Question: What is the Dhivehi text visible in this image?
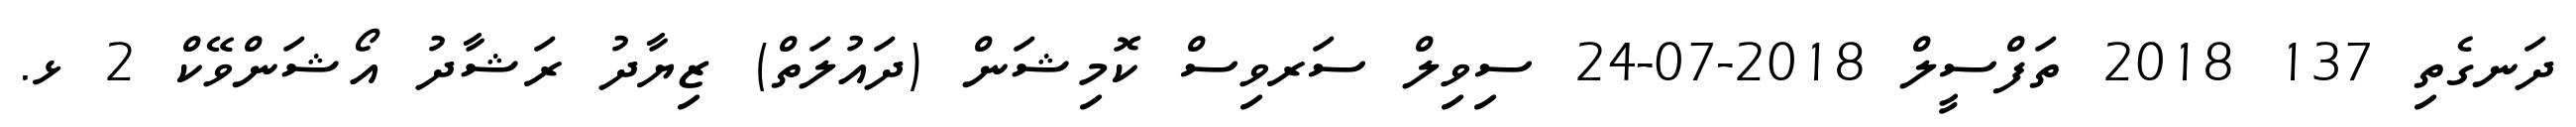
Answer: ދަނގެތި 137 2018 ތަފްސީލް 2018-07-24 ސިވިލް ސަރވިސް ކޮމިޝަން (ދައުލަތް) ޒިޔާދު ރަޝާދު އޯޝަންވޭކް 2 ޅ.